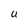
Character: U